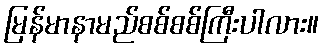
မြန်မာနာမည်စစ်စစ်ကြီးပါလား။